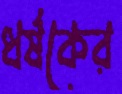
ধর্ষকের